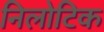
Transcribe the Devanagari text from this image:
निलोटिक